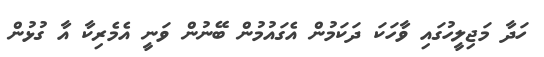
ހަދާ މަޖިލީހުގައި ވާހަކަ ދަކަމުން އެގައުމުން ބޭނުން ވަނީ އެމެރިކާ އާ ގުޅުން